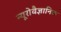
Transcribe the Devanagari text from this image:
न्यूरोवैज्ञानिक